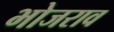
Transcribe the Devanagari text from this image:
भोजराव